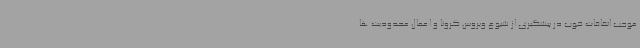
موجب اتفاقات خوب در پیشگیری از شیوع ویروس کرونا و اعمال محدودیت ها